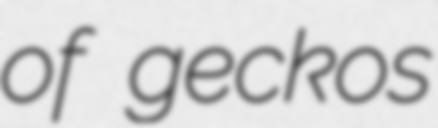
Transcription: of geckos